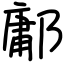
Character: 鄘